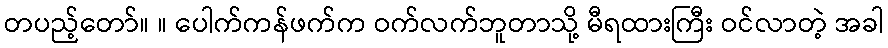
တပည့်တော်။ ။ ပေါက်ကန်ဖက်က ဝက်လက်ဘူတာသို့ မီရထားကြီး ဝင်လာတဲ့ အခါ